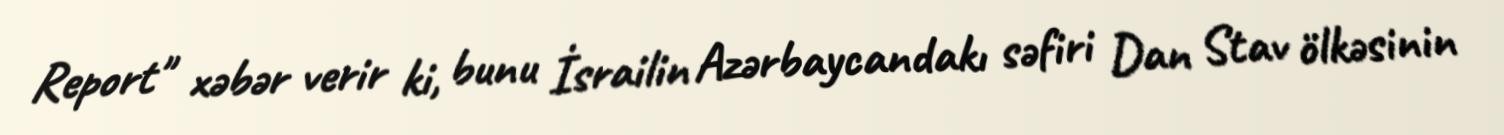
Report" xəbər verir ki, bunu İsrailin Azərbaycandakı səfiri Dan Stav ölkəsinin